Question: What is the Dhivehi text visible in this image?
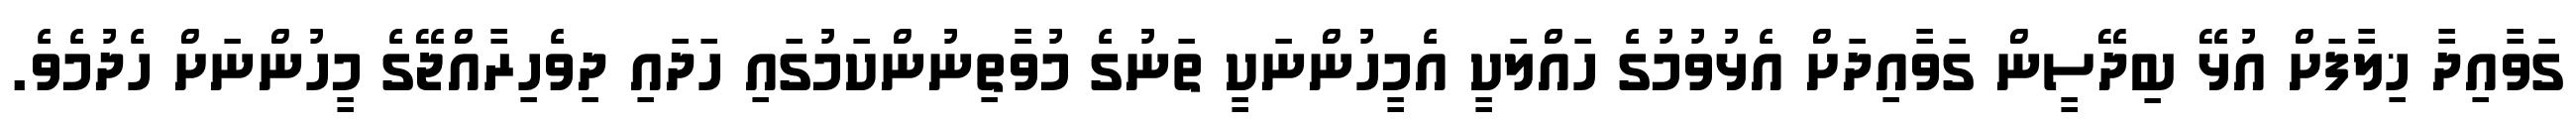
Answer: ގަވާއިދާ ޚިލާފަށް އުޅޭ ބިދޭސީން ގަވާއިދަށް އެޅުވުމުގެ ހައްލަކީ އެމީހުންނަކީ ތަނުގެ މުވާތިނުންކަމުގައި ހަދައި ދިވެހިރާއްޖޭގެ މީހުންނަށް ހެދުމެވެ.